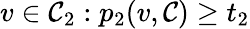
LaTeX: v\in\mathcal{C}_{2}:p_{2}(v,\mathcal{C})\geq t_{2}